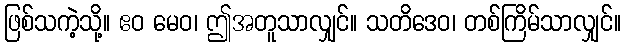
ဖြစ်သကဲ့သို့။ ဧဝ မေဝ၊ ဤအတူသာလျှင်။ သတိဒေဝ၊ တစ်ကြိမ်သာလျှင်။